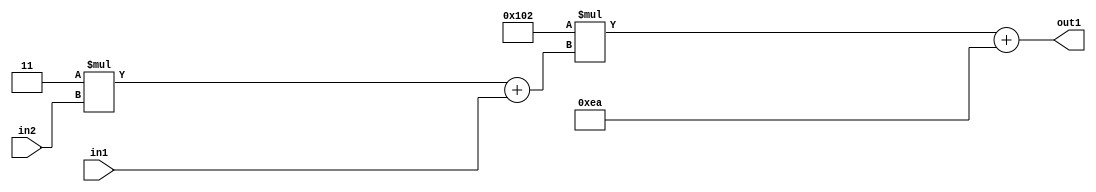
`timescale 1ps / 1ps
/*****************************************************************************
    Verilog RTL Description
    
    
    Created by: Stratus DpOpt 2019.1.01 
*******************************************************************************/

module DC_Filter_Add2i234Mul2i258Add2u1Mul2i3u2_4 (
	in2,
	in1,
	out1
	); /* architecture "behavioural" */ 
input [1:0] in2;
input  in1;
output [11:0] out1;
wire [11:0] asc001;
wire [3:0] asc002;

wire [3:0] asc002_tmp_0;
assign asc002_tmp_0 = 
	+(4'B0011 * in2);
assign asc002 = asc002_tmp_0
	+(in1);

wire [11:0] asc001_tmp_1;
assign asc001_tmp_1 = 
	+(12'B000100000010 * asc002);
assign asc001 = asc001_tmp_1
	+(12'B000011101010);

assign out1 = asc001;
endmodule

/* CADENCE  v7X1SQk= : u9/ySgnWtBlWxVPRXgAZ4Og= ** DO NOT EDIT THIS LINE ******/